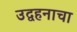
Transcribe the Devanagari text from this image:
उद्वहनाचा